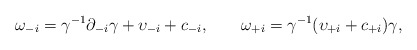
\begin{align*}\omega_{-i} = \gamma^{-1} \partial_{-i} \gamma + \upsilon_{-i} +c_{-i}, \qquad \omega_{+i} = \gamma^{-1} (\upsilon_{+i} + c_{+i})\gamma,\end{align*}